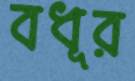
বধূর